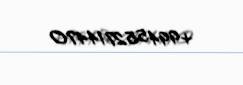
+994552714470